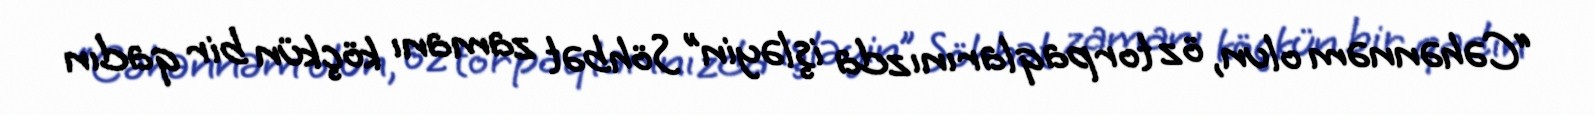
“Cəhənnəm olun, öz torpaqlarınızda işləyin” Söhbət zamanı köçkün bir qadın